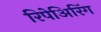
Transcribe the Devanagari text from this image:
रिपेअिरिंग